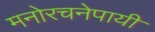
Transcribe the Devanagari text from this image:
मनोरचनेपायी